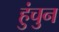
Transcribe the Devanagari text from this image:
हुंचुन